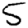
Digit: 5